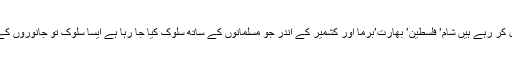
آج تمام کفر مسلمانوں کو ختم کرنے کے لیے ہر قسم کے حربے استعمال کر رہے ہیں شام’ فلسطین’ بھارت’برما اور کشمیر کے اندر جو مسلمانوں کے ساتھ سلوک کیا جا رہا ہے ایسا سلوک تو جانوروں کے ساتھ بھی نہیں کیا جاتا کیا اس طرح مسلمانوں کو ختم کیا جا سکتا ہے؟